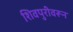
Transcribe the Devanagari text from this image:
शिवपुरीवरून